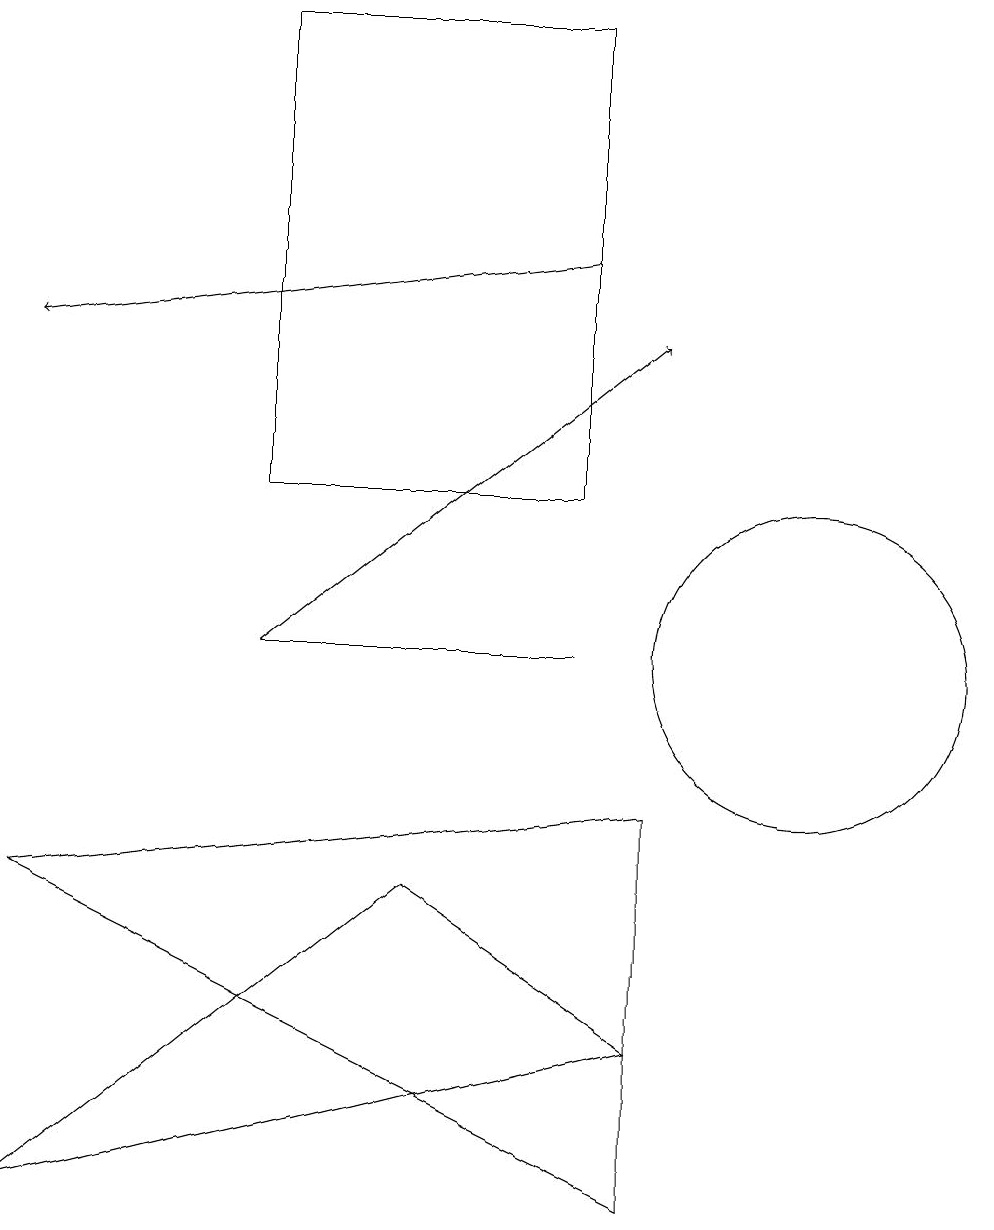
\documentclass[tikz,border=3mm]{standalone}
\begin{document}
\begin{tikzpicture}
\draw (1,7) -- (9,3) -- (9,8) -- cycle;
\draw (11,10) circle (2);
\draw (8,10) rectangle (4,10);
\draw[->] (4,10) -- (9,14);
\draw (6,7) -- (1,3) -- (9,5) -- cycle;
\draw[->] (8,15) -- (1,14);
\draw (8,12) rectangle (4,18);
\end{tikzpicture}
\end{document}